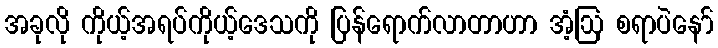
အခုလို ကိုယ့်အရပ်ကိုယ့်ဒေသကို ပြန်ရောက်လာတာဟာ အံ့ဩ စရာပဲနော်